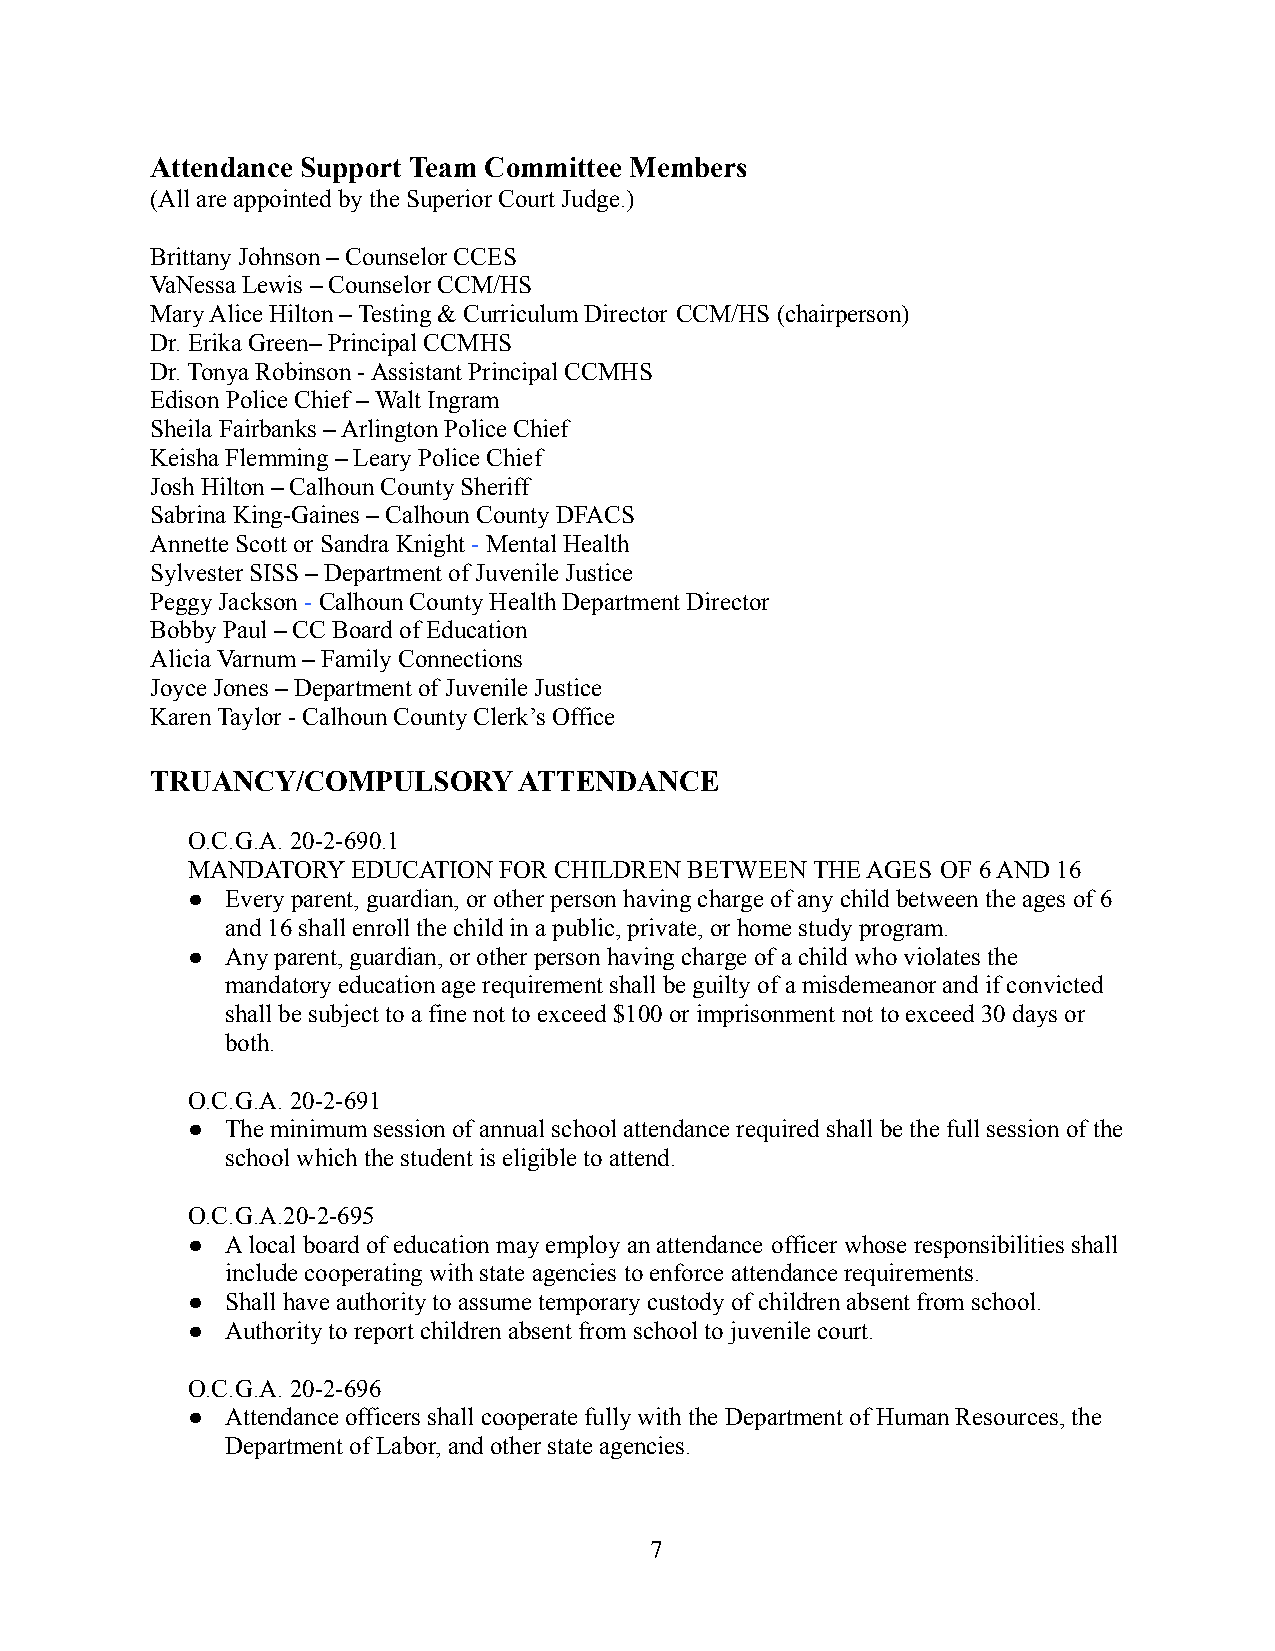
Attendance Support Team Committee Members
 (All are appointed by the Superior Court Judge.)
 Brittany Johnson – Counselor CCES
 VaNessa Lewis – Counselor CCM/HS
 Mary Alice Hilton – Testing & Curriculum Director CCM/HS (chairperson)
 Dr. Erika Green– Principal CCMHS
 Dr. Tonya Robinson - Assistant Principal CCMHS
 Edison Police Chief – Walt Ingram
 Sheila Fairbanks – Arlington Police Chief
 Keisha Flemming – Leary Police Chief
 Josh Hilton – Calhoun County Sheriff
 Sabrina King-Gaines – Calhoun County DFACS
 Annette Scott or Sandra Knight -Mental Health
 Sylvester SISS – Department of Juvenile Justice
 Peggy Jackson- Calhoun County Health Department Director
 Bobby Paul – CC Board of Education
 Alicia Varnum – Family Connections
 Joyce Jones – Department of Juvenile Justice
 Karen Taylor - Calhoun County Clerk’s Office
 TRUANCY/COMPULSORY      ATTENDANCE
 O.C.G.A. 20-2-690.1
 MANDATORY  EDUCATION FOR CHILDREN BETWEEN THE AGES OF 6 AND 16
 ●  Every parent, guardian, or other person having chargeof any child between the ages of 6
 and 16 shall enroll the child in a public, private, or home study program.
 ●  Any parent, guardian, or other person having chargeof a child who violates the
 mandatory education age requirement shall be guilty of a misdemeanor and if convicted
 shall be subject to a fine not to exceed $100 or imprisonmentnot to exceed 30 days or
 both.
 O.C.G.A. 20-2-691
 ●  The minimum session of annual school attendance requiredshall be the full session of the
 school which the student is eligible to attend.
 O.C.G.A.20-2-695
 ●  A local board of education may employ an attendance officer whose responsibilities shall
 include cooperating with state agencies to enforce attendance requirements.
 ●  Shall have authority to assume temporary custody ofchildren absent from school.
 ●  Authority to report children absent from school to juvenile court.
 O.C.G.A. 20-2-696
 ●  Attendance officers shall cooperate fully with theDepartment of Human Resources, the
 Department of Labor, and other state agencies.
 7